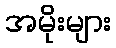
အမိုးများ